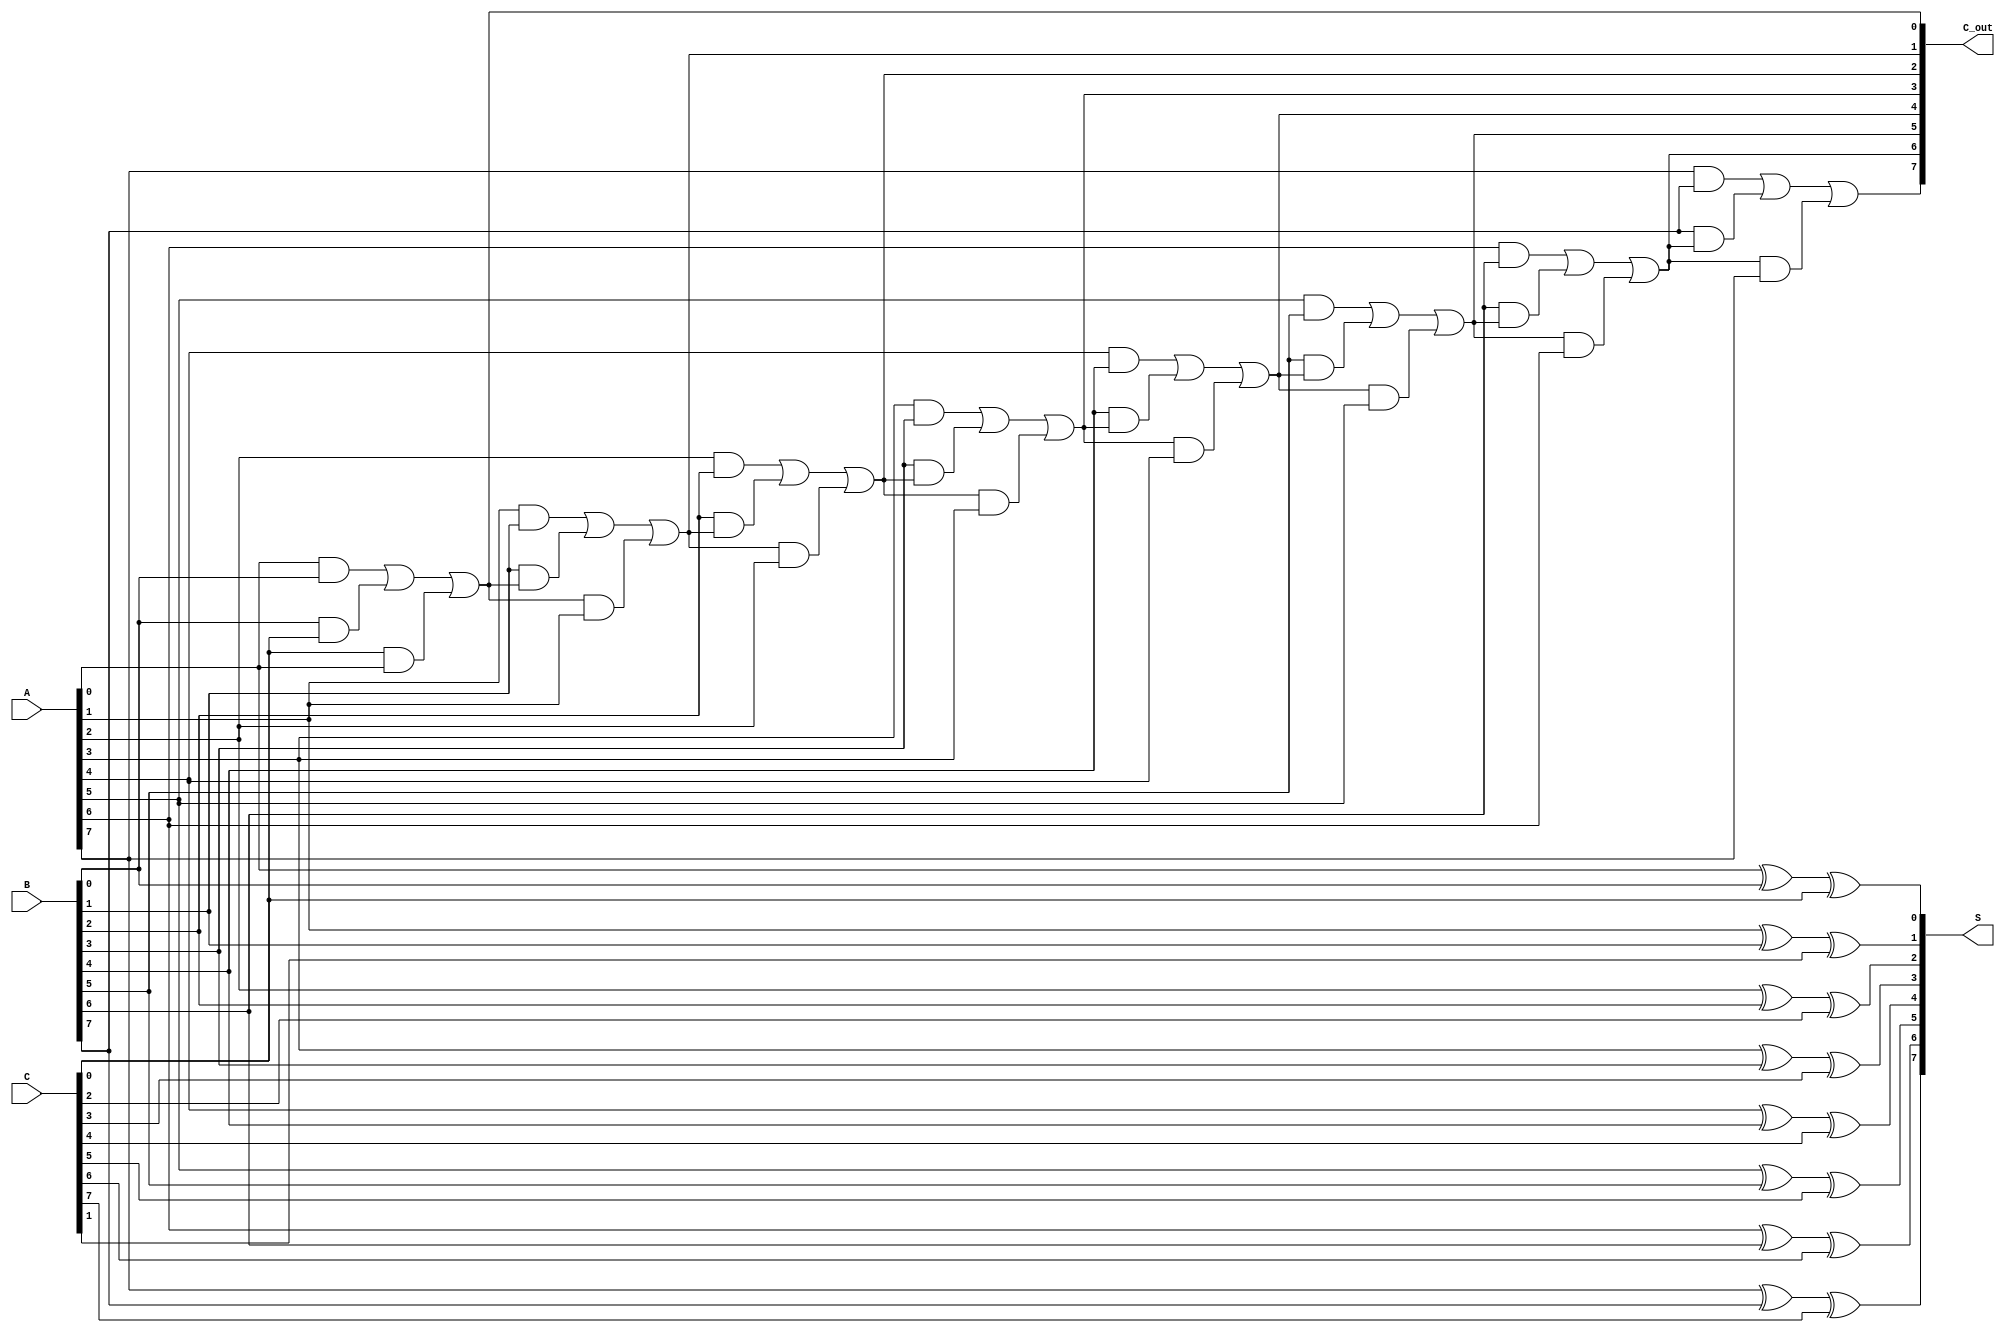
module ripple_carry_save_adder #(parameter n = 8) (
    input  [n-1:0] A,  // First input
    input  [n-1:0] B,  // Second input
    input  [n-1:0] C,  // Third input
    output [n-1:0] S,  // Partial sum output
    output [n-1:0] C_out // Carry output
);

    wire [n-1:0] carry; // Internal carry wires

    // Generate partial sums and carries
    genvar i;
    generate
        for (i = 0; i < n; i = i + 1) begin : adder_stage
            // Partial sum: S[i] = A[i] XOR B[i] XOR C[i]
            assign S[i] = A[i] ^ B[i] ^ C[i];

            // Carry: C_out[i] = (A[i] AND B[i]) OR (B[i] AND C[i]) OR (C[i] AND A[i])
            if (i == 0) begin
                assign carry[i] = (A[i] & B[i]) | (B[i] & C[i]) | (C[i] & A[i]);
            end else begin
                assign carry[i] = (A[i] & B[i]) | (B[i] & carry[i-1]) | (carry[i-1] & A[i]);
            end
        end
    endgenerate

    // Final carry output
    assign C_out = carry;

endmodule